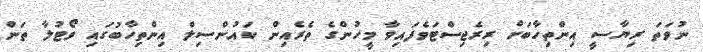
ނުވަތަ ރިޔާސީ އިންތިހާބަށް ރިރެޖިސްޓަވެފައިވާ މީހުންގެ ތެރެއިން ކައުންސިލް އިންތިހާބުގައި ވޯޓުލާ ތަން